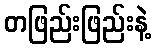
တဖြည်းဖြည်းနဲ့